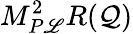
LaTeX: M_{P\mathscr{L}}^{2}R(\mathcal{Q})